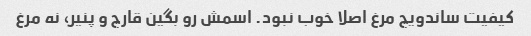
کیفیت ساندویچ مرغ اصلا خوب نبود. اسمش رو بگین قارچ و پنیر، نه مرغ